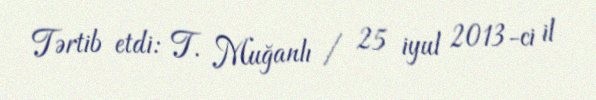
Tərtib etdi: T. Muğanlı / 25 iyul 2013-ci il